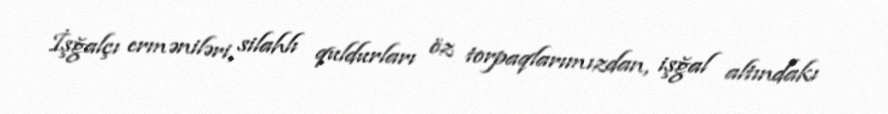
İşğalçı erməniləri, silahlı quldurları öz torpaqlarımızdan, işğal altındakı